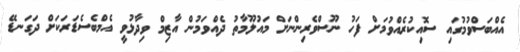
އެއްބަސްވުމުގައި ސޮއިކުރެއްވުމަށް ފަހު ނޫސްވެރިންނަށް މައުލޫމާތު ދެއްވަމުން އާޒިމް ވިދާޅުވީ އެމްބެސެޑަރަކަށް ދަގަނޑޭ